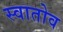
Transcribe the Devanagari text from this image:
स्वातोव